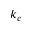
k _ { c }